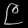
Digit: ၉